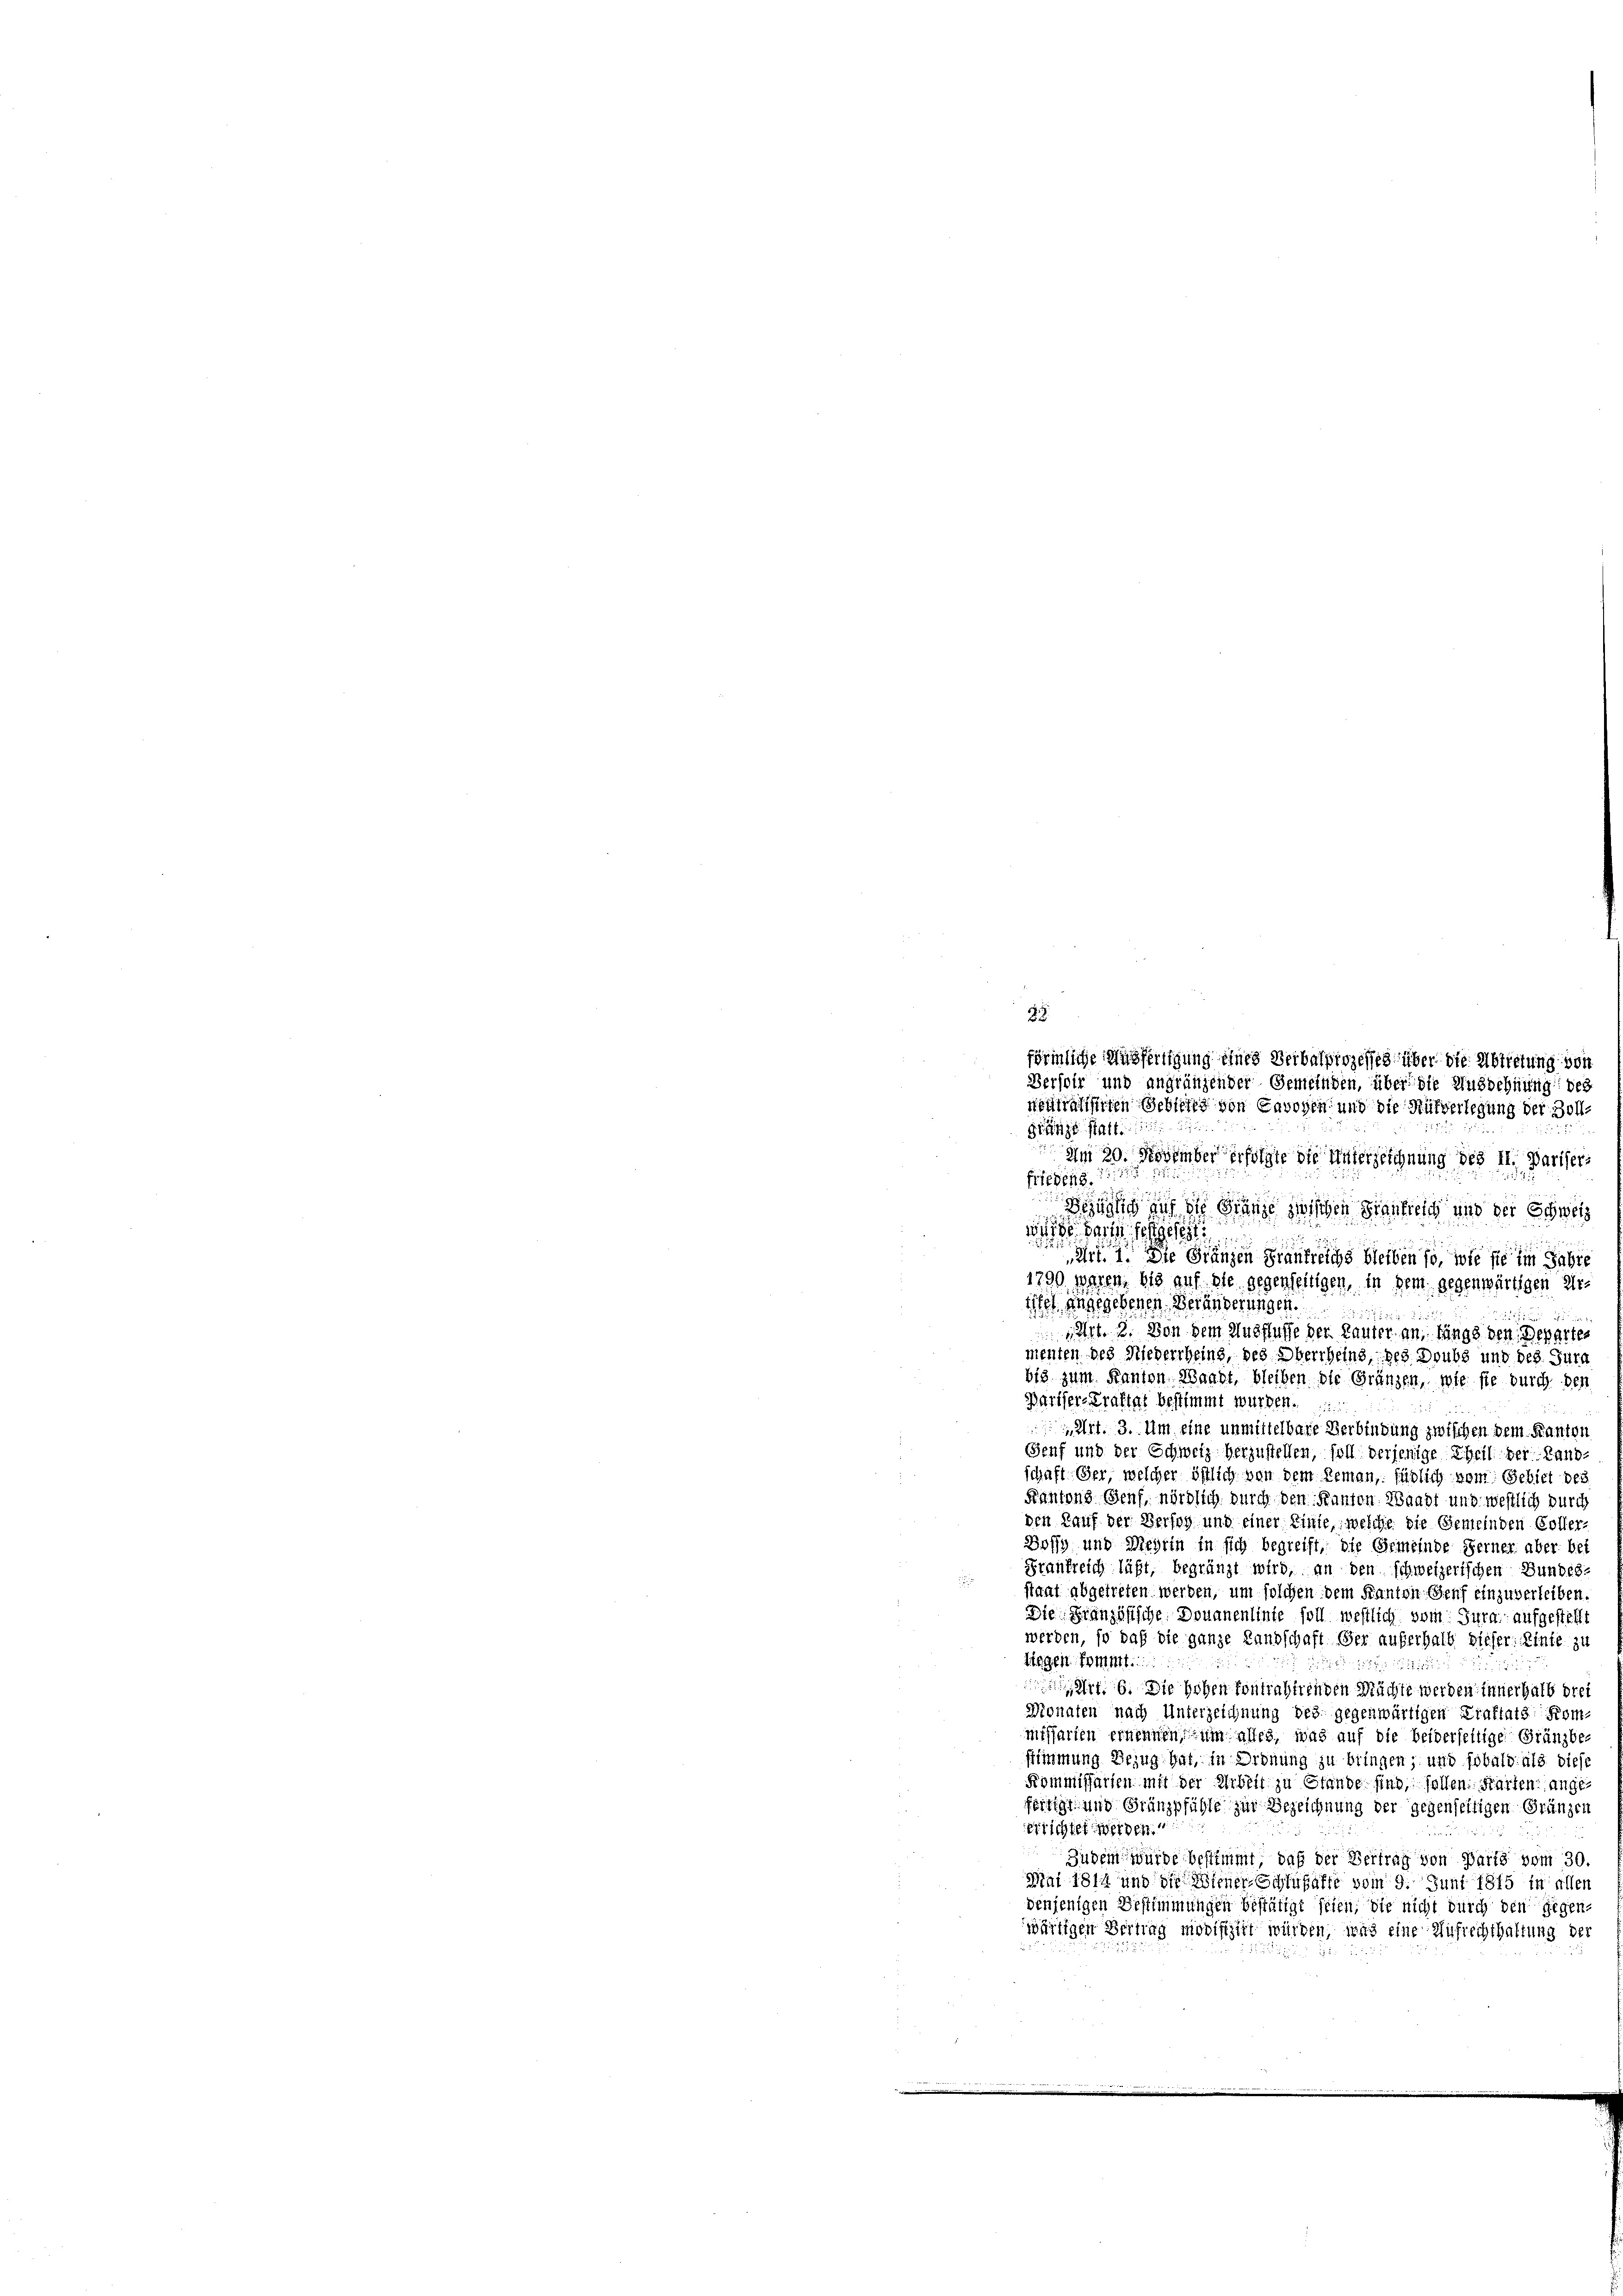
3
förmliche Ausfertigung eines Verbalprozesse über die Abtretung von
Versoir und angränzender Gemeinden, über die Ausdehnung beg
neutralisirten Gebreits von Cavohen und die Rüfverlegung der Zoll-

Gränze statt
Am 20. November erfolgte die Unterzeichnung des II. Pariser
frieden.
Bezug auf die Gränze zwischen Frankreich und der Schweiz
wird darin festgeset
 Die Gränzen Frankreichs bleiben so, wie sie im Gebie
1790 waren, bis auf die gegenseitigen, in dein gegenwärtigen Arister angegebenen Veränderungen.
2
u
1 Sept. 3. Von dem Ausflusse der Lauter an, längs den Departes
menten des Niederrheins, des Oberrheins, des Doubs und des Jura
bis zum Kanton Waadt, bleiben die Gränzen, wie sie durch den
Bariser-Kraftat bestimmt wurden.
Art. 3. Um eine unmittelbare Verbindung zwischen dem Kanton
Genf und der Schweiz herzustellen, soll derjenige Theil der Land-
schaft Ger, welcher östlich von dem Reman, füglich vom Gebiet des
Kantons Genf, nördlich durch den Kanton Waadt und westlich durch
den Kauf der Verfog und einer Linie, welche die Gemeinden Coller-
Bossy und Meyrin in sich begreift, die Gemeinde Ferner aber bei
Frankreich läßt, begränzt wird, an den schweizerischen Bundes-
staat abgetreten werden, um solchen dem Kanton Senf einzuverleiben,
Die Französische Douanenlinte soll westlich vom Jura, aufgestellt
werden, so daß die ganze Landschaft der auferhalb dieser Linie zu
tiegen kommt.

 6. Die Hohen kontrahirenden Mächte werden innerhalb drei
Monaten nach Unterzeichnung bes. gegenwärtigen Kraftats Kommissarien ernennen, um alles, was auf die beiderseitige Gränzbe-
stimmung Bezug hat, in Ordnung zu bringen, und sobald als diese
Kommissarten mit der Arbeit zu Stande sind sollen. Karten angeförtigt und Grünzpfühle zur Bezeichnung der gegenseitigen Gränzen
errichtet werden.
Zudem würde bestimmt, daß der Vertrag von Parts vom 30.
Mai 1814 und die Wiener Schlußafte vom 9. Juni 1875 in allen
denjenigen Bestimmungen bestätigt seien, die nicht durch den Gegen-
wärtigen Berling modischet würden, was eine Aufrechthaltung der